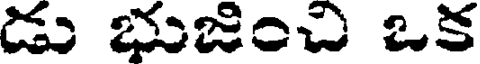
డు భుజించి ఒక